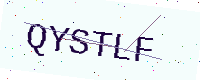
Text: QYSTLF